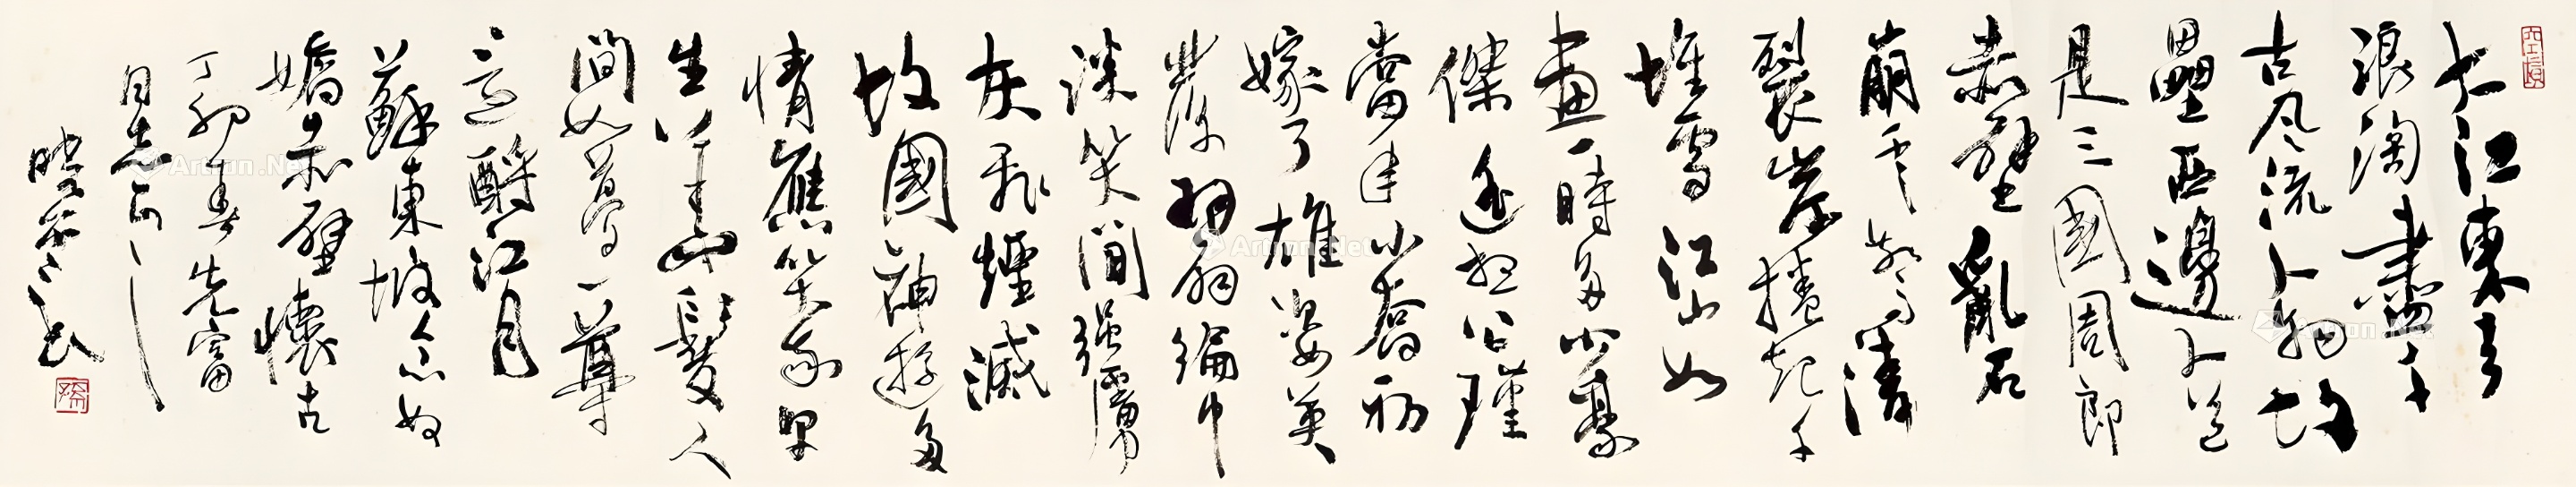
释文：大江东去，浪淘尽，千古风流人物。故垒西边，人道是，三国周郎赤壁。乱石穿空，惊涛拍岸，卷起千堆雪。江山如画，一时多少豪杰。遥想公瑾当年，小乔初嫁了，雄姿英发。羽扇纶巾，谈笑间，樯橹灰飞烟灭。故国神游，多情应笑我，早生华发。人生如梦，一尊还酹江月。苏东坡《念奴娇·赤壁怀古》。丁卯（1987）春，先富同志正之，晓云书。